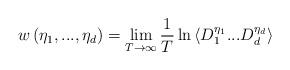
LaTeX: \begin{align*} w \left( {{\eta_1},...,{\eta_d}} \right) = \mathop {\lim }\limits_{T \to \infty } \frac 1T \ln { \left \langle D_{1} ^{\eta_1}...D_{d}^{\eta_d} \right \rangle }\end{align*}